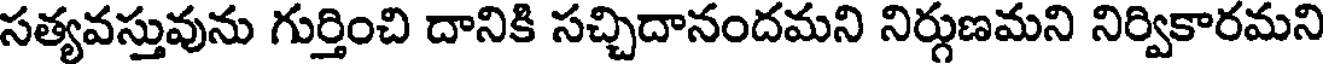
సత్యవస్తువును గుర్తించి దానికి సచ్చిదానందమని నిర్గుణమని నిర్వికారమని